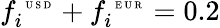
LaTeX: f_{i}^{\mathrm{~\tiny~U~S~D~}}+f_{i}^{\mathrm{~\tiny~E~U~R~}}=0.2